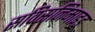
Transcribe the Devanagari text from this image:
सविसनिमाइड